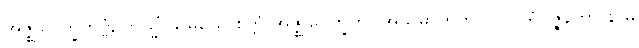
အဇ္ဈုပေက္ခိတဗ္ဗံ, တသ္မိံ သမယေ စိတ္တံ အဇ္ဈုပေက္ခတိ။ အသမာဟိတပုဂ္ဂလပရိဝဇ္ဇနတာ နာမ